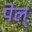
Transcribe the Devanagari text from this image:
पेल्